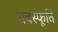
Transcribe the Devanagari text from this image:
नवस्फूर्ति